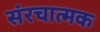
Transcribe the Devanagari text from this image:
संरचात्मक